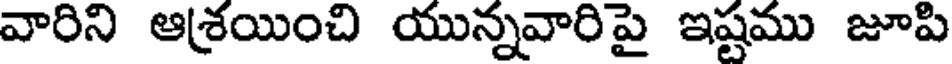
వారిని ఆశ్రయించి యున్నవారిపై ఇష్టము జూపి